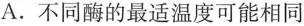
A.不同酶的最适温度可能相同